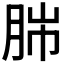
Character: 𦛎